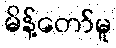
မိန့်တော်မူ